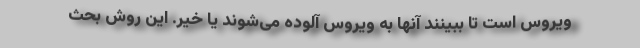
ویروس است تا ببینند آنها به ویروس آلوده می‌شوند یا خیر. این روش بحث